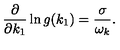
\frac { \partial } { \partial k _ { 1 } } \ln g ( k _ { 1 } ) = \frac { \sigma } { \omega _ { k } } .